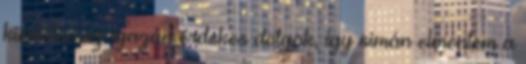
kiemelve az igazán érdekes dolgok, így simán elmentem a